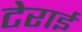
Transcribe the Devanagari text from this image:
टेराई